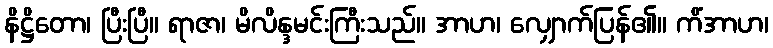
နိဋ္ဌိတော၊ ပြီးပြီ။ ရာဇာ၊ မိလိန္ဒမင်းကြီးသည်။ အာဟ၊ လျှောက်ပြန်၏။ ကိံအာဟ၊